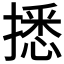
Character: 𢴑